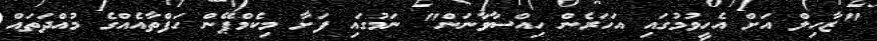
"ޒާހިލް އަށް އެހީވުމުގައި އަހަރެން ހިއްސާވާނަން" ނަމުގައި ފަށާ މިކެމްޕޭން ހަފްތާއެއްގެ މުއްދަތައް